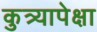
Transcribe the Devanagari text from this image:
कुत्र्यापेक्षा